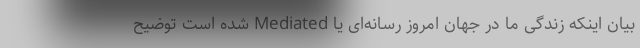
بیان اینکه زندگی ما در جهان امروز رسانه‌ای یا Mediated شده است توضیح